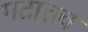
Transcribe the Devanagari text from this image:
गटातच